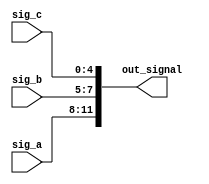
module concatenation_example (
    input wire [3:0] sig_a,  // 4-bit input signal
    input wire [2:0] sig_b,  // 3-bit input signal
    input wire [4:0] sig_c,  // 5-bit input signal
    output wire [11:0] out_signal // 12-bit output signal
);

// Continuous assignment using concatenation
assign out_signal = {sig_a, sig_b, sig_c}; // Concatenate sig_a, sig_b, and sig_c

endmodule